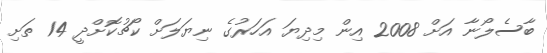
ބާސެލޯނާ އަށް 2008 އިން މިދިޔަ އަހަރުގެ ނިޔަލަށް ކޯޗުކޮށްދީ 14 ތަށި